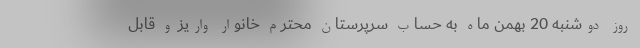
روز دوشنبه 20 بهمن ماه به حساب سرپرستان محترم خانوار واریز و قابل